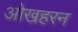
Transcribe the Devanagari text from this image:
ओखहरन